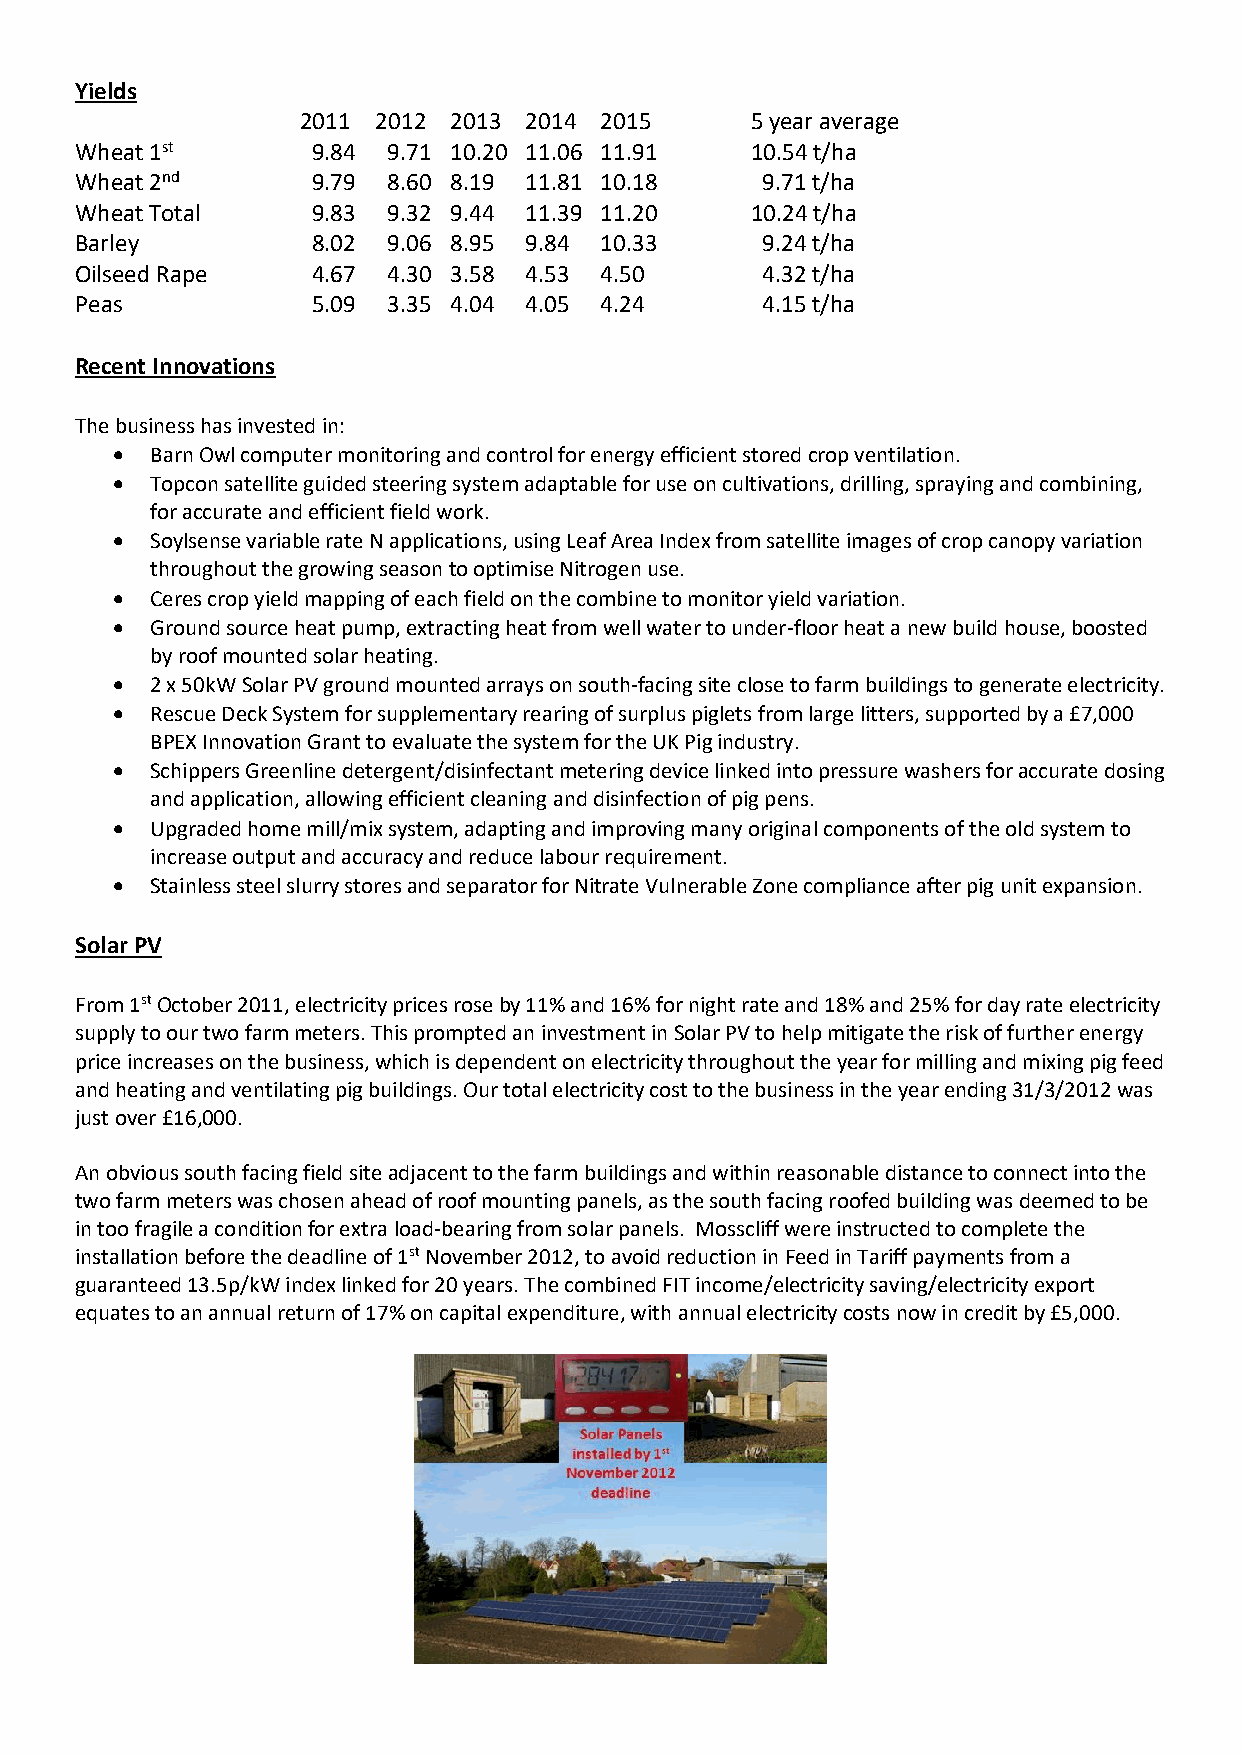
Yields
 2011 2012 2013 2014 2015      5 year average
 Wheat 1st       9.84 9.71 10.20 11.06 11.91  10.54 t/ha
 Wheat 2nd       9.79 8.60 8.19 11.81 10.18   9.71 t/ha
 Wheat Total     9.83 9.32 9.44 11.39 11.20   10.24 t/ha
 Barley          8.02 9.06 8.95 9.84 10.33    9.24 t/ha
 Oilseed Rape    4.67 4.30 3.58 4.53 4.50     4.32 t/ha
 Peas            5.09 3.35 4.04 4.05 4.24     4.15 t/ha
 Recent Innovations
 The business has invested in:
 •  Barn Owl computer monitoring and control for energy efficient stored crop ventilation.
 •  Topcon satellite guided steering system adaptable for use on cultivations, drilling, spraying and combining,
 for accurate and efficient field work.
 •  Soylsense variable rate N applications, using Leaf Area Index from satellite images of crop canopy variation
 throughout the growing season to optimise Nitrogen use.
 •  Ceres crop yield mapping of each field on the combine to monitor yield variation.
 •  Ground source heat pump, extracting heat from well water to under-floor heat a new build house, boosted
 by roof mounted solar heating.
 •  2 x 50kW Solar PV ground mounted arrays on south-facing site close to farm buildings to generate electricity.
 •  Rescue Deck System for supplementary rearing of surplus piglets from large litters, supported by a £7,000
 BPEX Innovation Grant to evaluate the system for the UK Pig industry.
 •  Schippers Greenline detergent/disinfectant metering device linked into pressure washers for accurate dosing
 and application, allowing efficient cleaning and disinfection of pig pens.
 •  Upgraded home mill/mix system, adapting and improving many original components of the old system to
 increase output and accuracy and reduce labour requirement.
 •  Stainless steel slurry stores and separator for Nitrate Vulnerable Zone compliance after pig unit expansion.
 Solar PV
 From 1st October 2011, electricity prices rose by 11% and 16% for night rate and 18% and 25% for day rate electricity
 supply to our two farm meters. This prompted an investment in Solar PV to help mitigate the risk of further energy
 price increases on the business, which is dependent on electricity throughout the year for milling and mixing pig feed
 and heating and ventilating pig buildings. Our total electricity cost to the business in the year ending 31/3/2012 was
 just over £16,000.
 An obvious south facing field site adjacent to the farm buildings and within reasonable distance to connect into the
 two farm meters was chosen ahead of roof mounting panels, as the south facing roofed building was deemed to be
 in too fragile a condition for extra load-bearing from solar panels. Mosscliff were instructed to complete the
 installation before the deadline of 1st November 2012, to avoid reduction in Feed in Tariff payments from a
 guaranteed 13.5p/kW index linked for 20 years. The combined FIT income/electricity saving/electricity export
 equates to an annual return of 17% on capital expenditure, with annual electricity costs now in credit by £5,000.